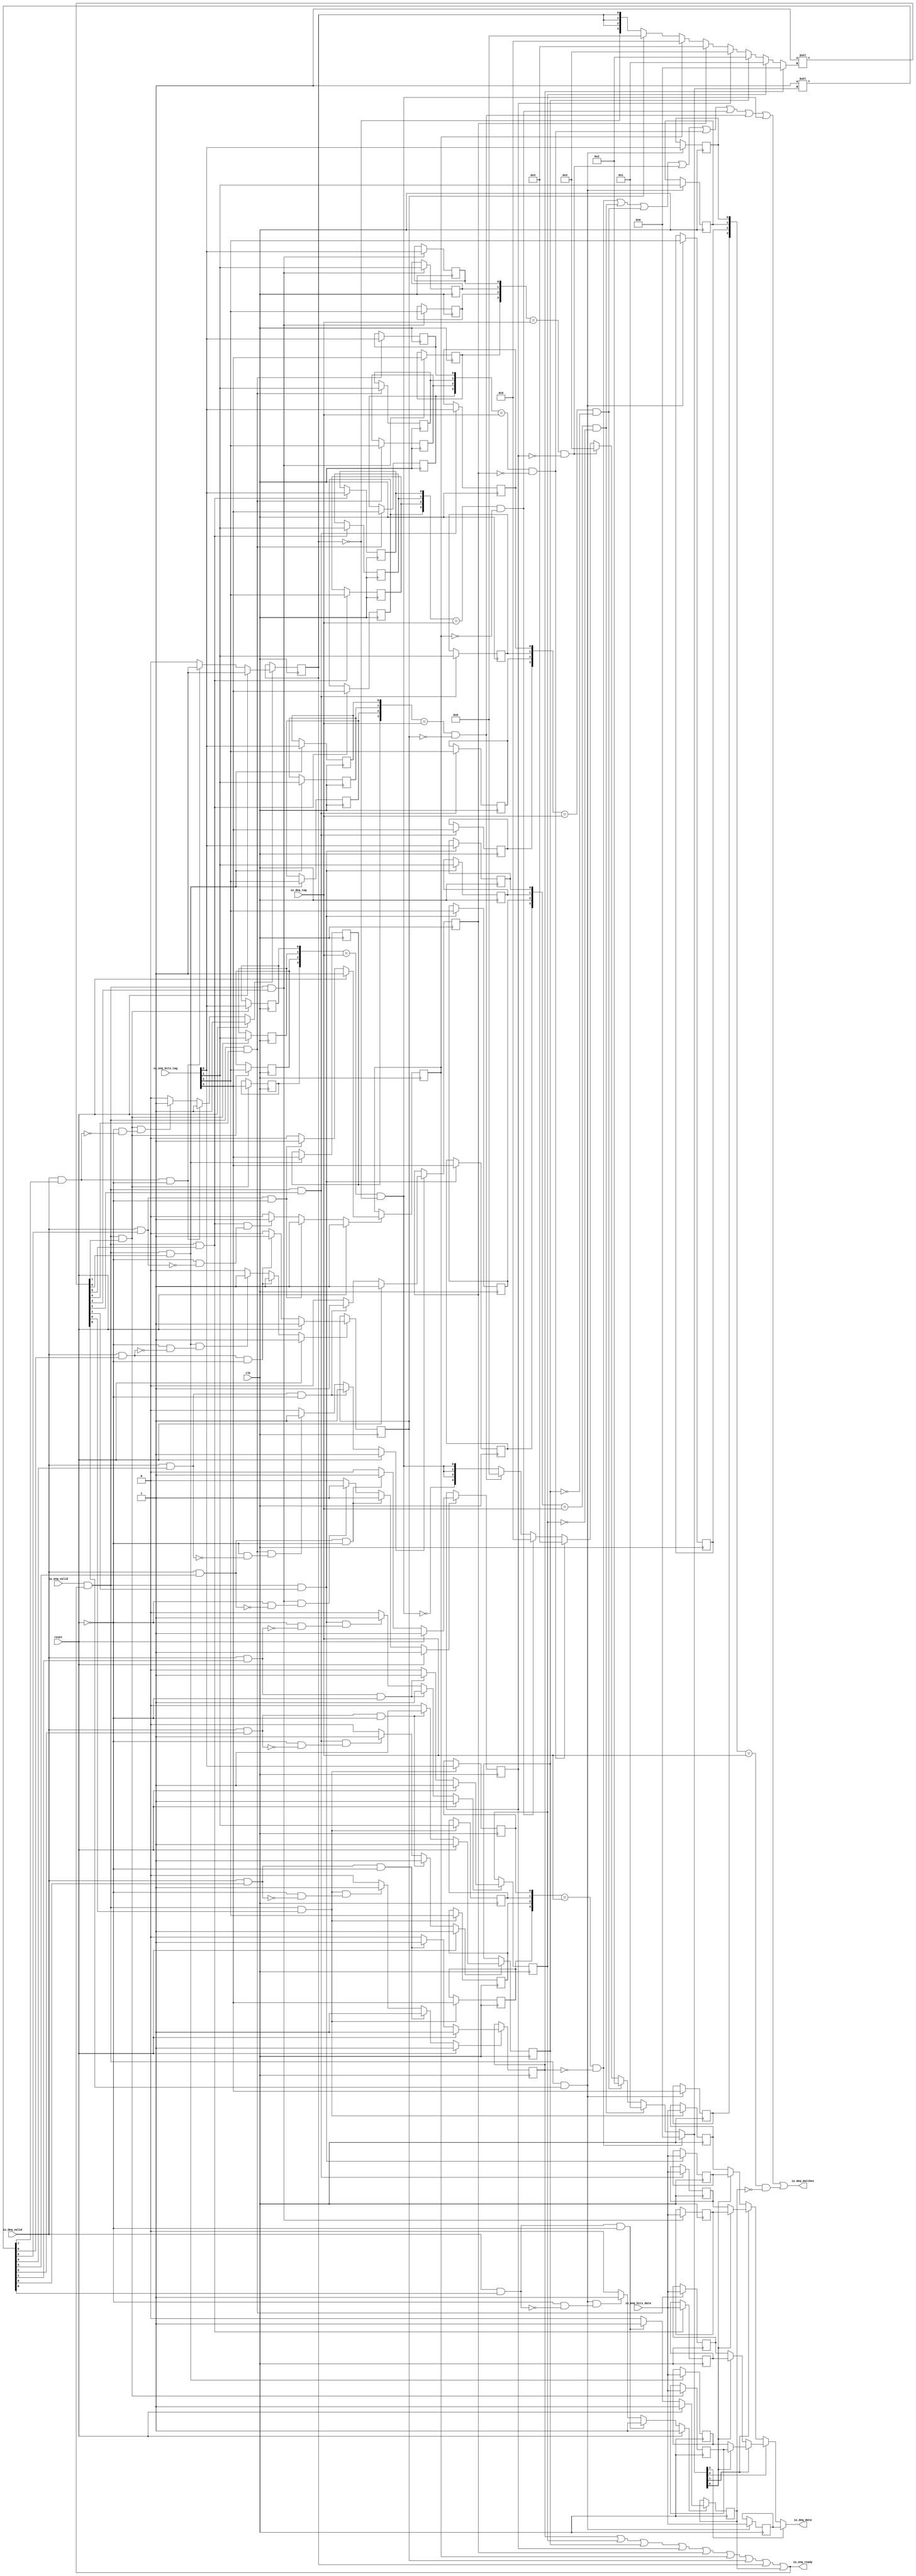
module ReorderQueue_0
(
  clk,
  reset,
  io_enq_ready,
  io_enq_valid,
  io_enq_bits_data,
  io_enq_bits_tag,
  io_deq_valid,
  io_deq_tag,
  io_deq_data,
  io_deq_matches
);

  input [3:0] io_enq_bits_tag;
  input [3:0] io_deq_tag;
  input clk;
  input reset;
  input io_enq_valid;
  input io_enq_bits_data;
  input io_deq_valid;
  output io_enq_ready;
  output io_deq_data;
  output io_deq_matches;
  wire io_enq_ready,io_deq_data,io_deq_matches,N0,N1,N2,N3,N4,N5,N6,N7,N8,N9,N10,N11,
  N12,N13,N14,N15,N16,N17,N18,N19,N20,N21,N22,N23,N24,N25,N26,N27,N28,N29,N30,N31,
  N32,N33,N34,N35,N36,T121,roq_matches_8,T117,T1,T115,T4,T114,N37,N38,N39,N40,N41,
  N42,N43,N44,T19,T17,roq_matches_0,N45,roq_matches_1,N46,roq_matches_2,N47,
  roq_matches_3,N48,roq_matches_4,N49,roq_matches_5,N50,roq_matches_6,N51,roq_matches_7,
  N52,T31,T30,T33,T38,T37,T40,T43,T42,T45,T48,T47,T50,T53,T52,T55,T58,T57,T60,T63,
  T62,T65,T68,T67,T70,T76,T74,T82,T80,T88,T86,T94,T92,T100,T98,T106,T104,T112,T110,
  T119,T122,T123,T124,T125,T126,T127,N53,T129,N54,T151,T130,N55,T142,T131,N56,T133,
  T138,T144,T147,T160,T152,T154,T157,T162,T165,T171,T175,T176,T177,T178,T179,T180,
  T181,N57,N58,N59,N60,N61,N62,N63,N64,N65,N66,N67,N68,N69,N70,N71,N72,N73,N74,
  N75,N76,N77,N78,N79,N80,N81,N82,N83,N84,N85,N86,N87,N88,N89,N90,N91,N92,N93,N94,
  N95,N96,N97,N98,N99,N100,N101,N102,N103,N104,N105,N106,N107,N108,N109,N110,N111,
  N112,N113,N114,N115,N116,N117,N118,N119,N120,N121,N122,N123,N124,N125,N126,N127,
  N128,N129,N130,N131,N132,N133,N134,N135,N136,N137,N138;
  wire [8:0] T6,T21,T35,T135;
  wire [3:0] T7,T8,T9,T10,T11,T12,T13,T22,T23,T24,T25,T26,T27,T28;
  wire [3:2] T14,T29;
  reg roq_free_8,roq_free_7,roq_free_6,roq_free_5,roq_free_4,roq_free_3,roq_free_2,
  roq_free_1,roq_free_0,roq_data_0,roq_data_1,roq_data_2,roq_data_3,roq_data_4,
  roq_data_5,roq_data_6,roq_data_7,roq_data_8;
  reg [3:0] roq_tags_7,roq_tags_6,roq_tags_5,roq_tags_4,roq_tags_3,roq_tags_2,roq_tags_1,
  roq_tags_0,roq_tags_8;
  assign T31 = roq_tags_7 == io_deq_tag;
  assign T38 = roq_tags_6 == io_deq_tag;
  assign T43 = roq_tags_5 == io_deq_tag;
  assign T48 = roq_tags_4 == io_deq_tag;
  assign T53 = roq_tags_3 == io_deq_tag;
  assign T58 = roq_tags_2 == io_deq_tag;
  assign T63 = roq_tags_1 == io_deq_tag;
  assign T68 = roq_tags_0 == io_deq_tag;
  assign T117 = roq_tags_8 == io_deq_tag;

  always @(posedge clk) begin
    if(N60) begin
      roq_free_8 <= N61;
    end 
  end


  always @(posedge clk) begin
    if(N65) begin
      roq_free_7 <= N66;
    end 
  end


  always @(posedge clk) begin
    if(T33) begin
      roq_tags_7[3] <= io_enq_bits_tag[3];
    end 
  end


  always @(posedge clk) begin
    if(T33) begin
      roq_tags_7[2] <= io_enq_bits_tag[2];
    end 
  end


  always @(posedge clk) begin
    if(T33) begin
      roq_tags_7[1] <= io_enq_bits_tag[1];
    end 
  end


  always @(posedge clk) begin
    if(T33) begin
      roq_tags_7[0] <= io_enq_bits_tag[0];
    end 
  end


  always @(posedge clk) begin
    if(T40) begin
      roq_tags_6[3] <= io_enq_bits_tag[3];
    end 
  end


  always @(posedge clk) begin
    if(T40) begin
      roq_tags_6[2] <= io_enq_bits_tag[2];
    end 
  end


  always @(posedge clk) begin
    if(T40) begin
      roq_tags_6[1] <= io_enq_bits_tag[1];
    end 
  end


  always @(posedge clk) begin
    if(T40) begin
      roq_tags_6[0] <= io_enq_bits_tag[0];
    end 
  end


  always @(posedge clk) begin
    if(T45) begin
      roq_tags_5[3] <= io_enq_bits_tag[3];
    end 
  end


  always @(posedge clk) begin
    if(T45) begin
      roq_tags_5[2] <= io_enq_bits_tag[2];
    end 
  end


  always @(posedge clk) begin
    if(T45) begin
      roq_tags_5[1] <= io_enq_bits_tag[1];
    end 
  end


  always @(posedge clk) begin
    if(T45) begin
      roq_tags_5[0] <= io_enq_bits_tag[0];
    end 
  end


  always @(posedge clk) begin
    if(T50) begin
      roq_tags_4[3] <= io_enq_bits_tag[3];
    end 
  end


  always @(posedge clk) begin
    if(T50) begin
      roq_tags_4[2] <= io_enq_bits_tag[2];
    end 
  end


  always @(posedge clk) begin
    if(T50) begin
      roq_tags_4[1] <= io_enq_bits_tag[1];
    end 
  end


  always @(posedge clk) begin
    if(T50) begin
      roq_tags_4[0] <= io_enq_bits_tag[0];
    end 
  end


  always @(posedge clk) begin
    if(T55) begin
      roq_tags_3[3] <= io_enq_bits_tag[3];
    end 
  end


  always @(posedge clk) begin
    if(T55) begin
      roq_tags_3[2] <= io_enq_bits_tag[2];
    end 
  end


  always @(posedge clk) begin
    if(T55) begin
      roq_tags_3[1] <= io_enq_bits_tag[1];
    end 
  end


  always @(posedge clk) begin
    if(T55) begin
      roq_tags_3[0] <= io_enq_bits_tag[0];
    end 
  end


  always @(posedge clk) begin
    if(T60) begin
      roq_tags_2[3] <= io_enq_bits_tag[3];
    end 
  end


  always @(posedge clk) begin
    if(T60) begin
      roq_tags_2[2] <= io_enq_bits_tag[2];
    end 
  end


  always @(posedge clk) begin
    if(T60) begin
      roq_tags_2[1] <= io_enq_bits_tag[1];
    end 
  end


  always @(posedge clk) begin
    if(T60) begin
      roq_tags_2[0] <= io_enq_bits_tag[0];
    end 
  end


  always @(posedge clk) begin
    if(T65) begin
      roq_tags_1[3] <= io_enq_bits_tag[3];
    end 
  end


  always @(posedge clk) begin
    if(T65) begin
      roq_tags_1[2] <= io_enq_bits_tag[2];
    end 
  end


  always @(posedge clk) begin
    if(T65) begin
      roq_tags_1[1] <= io_enq_bits_tag[1];
    end 
  end


  always @(posedge clk) begin
    if(T65) begin
      roq_tags_1[0] <= io_enq_bits_tag[0];
    end 
  end


  always @(posedge clk) begin
    if(T70) begin
      roq_tags_0[3] <= io_enq_bits_tag[3];
    end 
  end


  always @(posedge clk) begin
    if(T70) begin
      roq_tags_0[2] <= io_enq_bits_tag[2];
    end 
  end


  always @(posedge clk) begin
    if(T70) begin
      roq_tags_0[1] <= io_enq_bits_tag[1];
    end 
  end


  always @(posedge clk) begin
    if(T70) begin
      roq_tags_0[0] <= io_enq_bits_tag[0];
    end 
  end


  always @(posedge clk) begin
    if(N70) begin
      roq_free_6 <= N71;
    end 
  end


  always @(posedge clk) begin
    if(N75) begin
      roq_free_5 <= N76;
    end 
  end


  always @(posedge clk) begin
    if(N80) begin
      roq_free_4 <= N81;
    end 
  end


  always @(posedge clk) begin
    if(N85) begin
      roq_free_3 <= N86;
    end 
  end


  always @(posedge clk) begin
    if(N90) begin
      roq_free_2 <= N91;
    end 
  end


  always @(posedge clk) begin
    if(N95) begin
      roq_free_1 <= N96;
    end 
  end


  always @(posedge clk) begin
    if(N100) begin
      roq_free_0 <= N101;
    end 
  end


  always @(posedge clk) begin
    if(T119) begin
      roq_tags_8[3] <= io_enq_bits_tag[3];
    end 
  end


  always @(posedge clk) begin
    if(T119) begin
      roq_tags_8[2] <= io_enq_bits_tag[2];
    end 
  end


  always @(posedge clk) begin
    if(T119) begin
      roq_tags_8[1] <= io_enq_bits_tag[1];
    end 
  end


  always @(posedge clk) begin
    if(T119) begin
      roq_tags_8[0] <= io_enq_bits_tag[0];
    end 
  end


  always @(posedge clk) begin
    if(T133) begin
      roq_data_0 <= io_enq_bits_data;
    end 
  end


  always @(posedge clk) begin
    if(T138) begin
      roq_data_1 <= io_enq_bits_data;
    end 
  end


  always @(posedge clk) begin
    if(T144) begin
      roq_data_2 <= io_enq_bits_data;
    end 
  end


  always @(posedge clk) begin
    if(T147) begin
      roq_data_3 <= io_enq_bits_data;
    end 
  end


  always @(posedge clk) begin
    if(T154) begin
      roq_data_4 <= io_enq_bits_data;
    end 
  end


  always @(posedge clk) begin
    if(T157) begin
      roq_data_5 <= io_enq_bits_data;
    end 
  end


  always @(posedge clk) begin
    if(T162) begin
      roq_data_6 <= io_enq_bits_data;
    end 
  end


  always @(posedge clk) begin
    if(T165) begin
      roq_data_7 <= io_enq_bits_data;
    end 
  end


  always @(posedge clk) begin
    if(T171) begin
      roq_data_8 <= io_enq_bits_data;
    end 
  end

  assign T35 = { 1'b0, 1'b0, 1'b0, 1'b0, 1'b0, 1'b0, 1'b0, 1'b0, 1'b1 } << T7;
  assign T135 = { 1'b0, 1'b0, 1'b0, 1'b0, 1'b0, 1'b0, 1'b0, 1'b0, 1'b1 } << T7;
  assign T6 = { 1'b0, 1'b0, 1'b0, 1'b0, 1'b0, 1'b0, 1'b0, 1'b0, 1'b1 } << T7;
  assign T21 = { 1'b0, 1'b0, 1'b0, 1'b0, 1'b0, 1'b0, 1'b0, 1'b0, 1'b1 } << T22;
  assign T7 = (N0)? { 1'b0, 1'b0, 1'b0, 1'b0 } : 
              (N1)? T8 : 1'b0;
  assign N0 = roq_free_0;
  assign N1 = N37;
  assign T8 = (N2)? { 1'b0, 1'b0, 1'b0, 1'b1 } : 
              (N3)? T9 : 1'b0;
  assign N2 = roq_free_1;
  assign N3 = N38;
  assign T9 = (N4)? { 1'b0, 1'b0, 1'b1, 1'b0 } : 
              (N5)? T10 : 1'b0;
  assign N4 = roq_free_2;
  assign N5 = N39;
  assign T10 = (N6)? { 1'b0, 1'b0, 1'b1, 1'b1 } : 
               (N7)? T11 : 1'b0;
  assign N6 = roq_free_3;
  assign N7 = N40;
  assign T11 = (N8)? { 1'b0, 1'b1, 1'b0, 1'b0 } : 
               (N9)? T12 : 1'b0;
  assign N8 = roq_free_4;
  assign N9 = N41;
  assign T12 = (N10)? { 1'b0, 1'b1, 1'b0, 1'b1 } : 
               (N11)? T13 : 1'b0;
  assign N10 = roq_free_5;
  assign N11 = N42;
  assign T13 = (N12)? { 1'b0, 1'b1, 1'b1, 1'b0 } : 
               (N13)? { T14, T14[2:2], T14[2:2] } : 1'b0;
  assign N12 = roq_free_6;
  assign N13 = N43;
  assign T22 = (N14)? { 1'b0, 1'b0, 1'b0, 1'b0 } : 
               (N15)? T23 : 1'b0;
  assign N14 = roq_matches_0;
  assign N15 = N45;
  assign T23 = (N16)? { 1'b0, 1'b0, 1'b0, 1'b1 } : 
               (N17)? T24 : 1'b0;
  assign N16 = roq_matches_1;
  assign N17 = N46;
  assign T24 = (N18)? { 1'b0, 1'b0, 1'b1, 1'b0 } : 
               (N19)? T25 : 1'b0;
  assign N18 = roq_matches_2;
  assign N19 = N47;
  assign T25 = (N20)? { 1'b0, 1'b0, 1'b1, 1'b1 } : 
               (N21)? T26 : 1'b0;
  assign N20 = roq_matches_3;
  assign N21 = N48;
  assign T26 = (N22)? { 1'b0, 1'b1, 1'b0, 1'b0 } : 
               (N23)? T27 : 1'b0;
  assign N22 = roq_matches_4;
  assign N23 = N49;
  assign T27 = (N24)? { 1'b0, 1'b1, 1'b0, 1'b1 } : 
               (N25)? T28 : 1'b0;
  assign N24 = roq_matches_5;
  assign N25 = N50;
  assign T28 = (N26)? { 1'b0, 1'b1, 1'b1, 1'b0 } : 
               (N27)? { T29, T29[2:2], T29[2:2] } : 1'b0;
  assign N26 = roq_matches_6;
  assign N27 = N51;
  assign io_deq_data = (N28)? roq_data_8 : 
                       (N29)? T129 : 1'b0;
  assign N28 = T22[3];
  assign N29 = N53;
  assign T129 = (N30)? T151 : 
                (N31)? T130 : 1'b0;
  assign N30 = T22[2];
  assign N31 = N54;
  assign T130 = (N32)? T142 : 
                (N33)? T131 : 1'b0;
  assign N32 = T22[1];
  assign N33 = N55;
  assign T131 = (N34)? roq_data_1 : 
                (N35)? roq_data_0 : 1'b0;
  assign N34 = T22[0];
  assign N35 = N56;
  assign T142 = (N34)? roq_data_3 : 
                (N35)? roq_data_2 : 1'b0;
  assign T151 = (N32)? T160 : 
                (N33)? T152 : 1'b0;
  assign T152 = (N34)? roq_data_5 : 
                (N35)? roq_data_4 : 1'b0;
  assign T160 = (N34)? roq_data_7 : 
                (N35)? roq_data_6 : 1'b0;
  assign N60 = (N36)? 1'b1 : 
               (N103)? 1'b1 : 
               (N106)? 1'b1 : 
               (N59)? 1'b0 : 1'b0;
  assign N36 = reset;
  assign N61 = (N36)? 1'b1 : 
               (N103)? 1'b1 : 
               (N106)? 1'b0 : 1'b0;
  assign N65 = (N36)? 1'b1 : 
               (N107)? 1'b1 : 
               (N110)? 1'b1 : 
               (N64)? 1'b0 : 1'b0;
  assign N66 = (N36)? 1'b1 : 
               (N107)? 1'b1 : 
               (N110)? 1'b0 : 1'b0;
  assign N70 = (N36)? 1'b1 : 
               (N111)? 1'b1 : 
               (N114)? 1'b1 : 
               (N69)? 1'b0 : 1'b0;
  assign N71 = (N36)? 1'b1 : 
               (N111)? 1'b1 : 
               (N114)? 1'b0 : 1'b0;
  assign N75 = (N36)? 1'b1 : 
               (N115)? 1'b1 : 
               (N118)? 1'b1 : 
               (N74)? 1'b0 : 1'b0;
  assign N76 = (N36)? 1'b1 : 
               (N115)? 1'b1 : 
               (N118)? 1'b0 : 1'b0;
  assign N80 = (N36)? 1'b1 : 
               (N119)? 1'b1 : 
               (N122)? 1'b1 : 
               (N79)? 1'b0 : 1'b0;
  assign N81 = (N36)? 1'b1 : 
               (N119)? 1'b1 : 
               (N122)? 1'b0 : 1'b0;
  assign N85 = (N36)? 1'b1 : 
               (N123)? 1'b1 : 
               (N126)? 1'b1 : 
               (N84)? 1'b0 : 1'b0;
  assign N86 = (N36)? 1'b1 : 
               (N123)? 1'b1 : 
               (N126)? 1'b0 : 1'b0;
  assign N90 = (N36)? 1'b1 : 
               (N127)? 1'b1 : 
               (N130)? 1'b1 : 
               (N89)? 1'b0 : 1'b0;
  assign N91 = (N36)? 1'b1 : 
               (N127)? 1'b1 : 
               (N130)? 1'b0 : 1'b0;
  assign N95 = (N36)? 1'b1 : 
               (N131)? 1'b1 : 
               (N134)? 1'b1 : 
               (N94)? 1'b0 : 1'b0;
  assign N96 = (N36)? 1'b1 : 
               (N131)? 1'b1 : 
               (N134)? 1'b0 : 1'b0;
  assign N100 = (N36)? 1'b1 : 
                (N135)? 1'b1 : 
                (N138)? 1'b1 : 
                (N99)? 1'b0 : 1'b0;
  assign N101 = (N36)? 1'b1 : 
                (N135)? 1'b1 : 
                (N138)? 1'b0 : 1'b0;
  assign io_deq_matches = T121 | roq_matches_8;
  assign roq_matches_8 = T117 & T1;
  assign T1 = ~roq_free_8;
  assign T4 = T114 & T6[8];
  assign N37 = ~roq_free_0;
  assign N38 = ~roq_free_1;
  assign N39 = ~roq_free_2;
  assign N40 = ~roq_free_3;
  assign N41 = ~roq_free_4;
  assign N42 = ~roq_free_5;
  assign N43 = ~roq_free_6;
  assign N44 = ~roq_free_7;
  assign T14[2] = roq_free_7;
  assign T14[3] = N44;
  assign T17 = T114 & T6[7];
  assign T19 = io_deq_valid & T21[7];
  assign N45 = ~roq_matches_0;
  assign N46 = ~roq_matches_1;
  assign N47 = ~roq_matches_2;
  assign N48 = ~roq_matches_3;
  assign N49 = ~roq_matches_4;
  assign N50 = ~roq_matches_5;
  assign N51 = ~roq_matches_6;
  assign N52 = ~roq_matches_7;
  assign T29[2] = roq_matches_7;
  assign T29[3] = N52;
  assign roq_matches_7 = T31 & T30;
  assign T30 = ~roq_free_7;
  assign T33 = T114 & T35[7];
  assign roq_matches_6 = T38 & T37;
  assign T37 = ~roq_free_6;
  assign T40 = T114 & T35[6];
  assign roq_matches_5 = T43 & T42;
  assign T42 = ~roq_free_5;
  assign T45 = T114 & T35[5];
  assign roq_matches_4 = T48 & T47;
  assign T47 = ~roq_free_4;
  assign T50 = T114 & T35[4];
  assign roq_matches_3 = T53 & T52;
  assign T52 = ~roq_free_3;
  assign T55 = T114 & T35[3];
  assign roq_matches_2 = T58 & T57;
  assign T57 = ~roq_free_2;
  assign T60 = T114 & T35[2];
  assign roq_matches_1 = T63 & T62;
  assign T62 = ~roq_free_1;
  assign T65 = T114 & T35[1];
  assign roq_matches_0 = T68 & T67;
  assign T67 = ~roq_free_0;
  assign T70 = T114 & T35[0];
  assign T74 = T114 & T6[6];
  assign T76 = io_deq_valid & T21[6];
  assign T80 = T114 & T6[5];
  assign T82 = io_deq_valid & T21[5];
  assign T86 = T114 & T6[4];
  assign T88 = io_deq_valid & T21[4];
  assign T92 = T114 & T6[3];
  assign T94 = io_deq_valid & T21[3];
  assign T98 = T114 & T6[2];
  assign T100 = io_deq_valid & T21[2];
  assign T104 = T114 & T6[1];
  assign T106 = io_deq_valid & T21[1];
  assign T110 = T114 & T6[0];
  assign T112 = io_deq_valid & T21[0];
  assign T114 = io_enq_valid & io_enq_ready;
  assign T115 = io_deq_valid & T21[8];
  assign T119 = T114 & T35[8];
  assign T121 = T122 | roq_matches_7;
  assign T122 = T123 | roq_matches_6;
  assign T123 = T124 | roq_matches_5;
  assign T124 = T125 | roq_matches_4;
  assign T125 = T126 | roq_matches_3;
  assign T126 = T127 | roq_matches_2;
  assign T127 = roq_matches_0 | roq_matches_1;
  assign N53 = ~T22[3];
  assign N54 = ~T22[2];
  assign N55 = ~T22[1];
  assign N56 = ~T22[0];
  assign T133 = T114 & T135[0];
  assign T138 = T114 & T135[1];
  assign T144 = T114 & T135[2];
  assign T147 = T114 & T135[3];
  assign T154 = T114 & T135[4];
  assign T157 = T114 & T135[5];
  assign T162 = T114 & T135[6];
  assign T165 = T114 & T135[7];
  assign T171 = T114 & T135[8];
  assign io_enq_ready = T175 | roq_free_8;
  assign T175 = T176 | roq_free_7;
  assign T176 = T177 | roq_free_6;
  assign T177 = T178 | roq_free_5;
  assign T178 = T179 | roq_free_4;
  assign T179 = T180 | roq_free_3;
  assign T180 = T181 | roq_free_2;
  assign T181 = roq_free_0 | roq_free_1;
  assign N57 = T115 | reset;
  assign N58 = T4 | N57;
  assign N59 = ~N58;
  assign N62 = T19 | reset;
  assign N63 = T17 | N62;
  assign N64 = ~N63;
  assign N67 = T76 | reset;
  assign N68 = T74 | N67;
  assign N69 = ~N68;
  assign N72 = T82 | reset;
  assign N73 = T80 | N72;
  assign N74 = ~N73;
  assign N77 = T88 | reset;
  assign N78 = T86 | N77;
  assign N79 = ~N78;
  assign N82 = T94 | reset;
  assign N83 = T92 | N82;
  assign N84 = ~N83;
  assign N87 = T100 | reset;
  assign N88 = T98 | N87;
  assign N89 = ~N88;
  assign N92 = T106 | reset;
  assign N93 = T104 | N92;
  assign N94 = ~N93;
  assign N97 = T112 | reset;
  assign N98 = T110 | N97;
  assign N99 = ~N98;
  assign N102 = ~reset;
  assign N103 = T115 & N102;
  assign N104 = ~T115;
  assign N105 = N102 & N104;
  assign N106 = T4 & N105;
  assign N107 = T19 & N102;
  assign N108 = ~T19;
  assign N109 = N102 & N108;
  assign N110 = T17 & N109;
  assign N111 = T76 & N102;
  assign N112 = ~T76;
  assign N113 = N102 & N112;
  assign N114 = T74 & N113;
  assign N115 = T82 & N102;
  assign N116 = ~T82;
  assign N117 = N102 & N116;
  assign N118 = T80 & N117;
  assign N119 = T88 & N102;
  assign N120 = ~T88;
  assign N121 = N102 & N120;
  assign N122 = T86 & N121;
  assign N123 = T94 & N102;
  assign N124 = ~T94;
  assign N125 = N102 & N124;
  assign N126 = T92 & N125;
  assign N127 = T100 & N102;
  assign N128 = ~T100;
  assign N129 = N102 & N128;
  assign N130 = T98 & N129;
  assign N131 = T106 & N102;
  assign N132 = ~T106;
  assign N133 = N102 & N132;
  assign N134 = T104 & N133;
  assign N135 = T112 & N102;
  assign N136 = ~T112;
  assign N137 = N102 & N136;
  assign N138 = T110 & N137;

endmodule